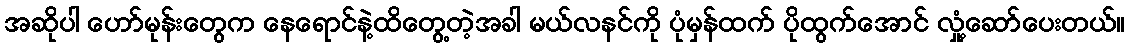
အဆိုပါ ဟော်မုန်းတွေက နေရောင်နဲ့ထိတွေ့တဲ့အခါ မယ်လနင်ကို ပုံမှန်ထက် ပိုထွက်အောင် လှုံ့ဆော်ပေးတယ်။